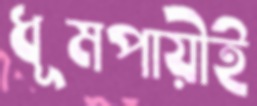
ধূমপায়ীই